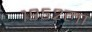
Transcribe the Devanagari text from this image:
१९५२ला